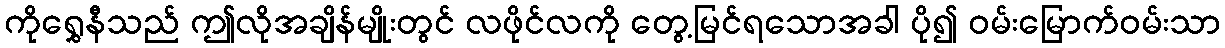
ကိုရွှေနီသည် ဤလိုအချိန်မျိုးတွင် လဖိုင်လကို တွေ့မြင်ရသောအခါ ပို၍ ဝမ်းမြောက်ဝမ်းသာ